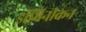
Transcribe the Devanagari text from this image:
डॉमिनीकन